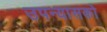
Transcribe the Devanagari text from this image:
उपन्यासको